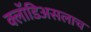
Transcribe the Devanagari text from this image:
क्लॉडिअसलाच